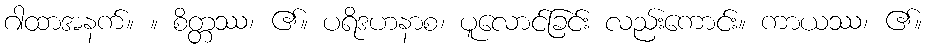
ဂါထာအနက်။ ။ စိတ္တဿ၊ ၏။ ပရိဒဟနာစ၊ ပူလောင်ခြင်း လည်းကောင်း။ ကာယဿ၊ ၏။